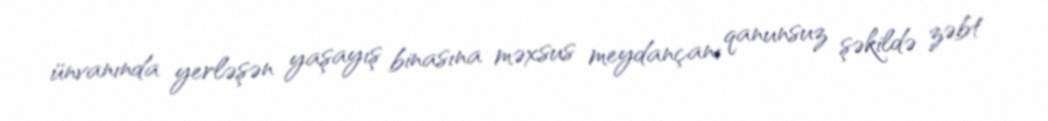
ünvanında yerləşən yaşayış binasına məxsus meydançanı qanunsuz şəkildə zəbt